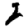
Digit: 2